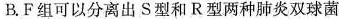
B.F组可以分离出S型和R型两种肺炎双球菌